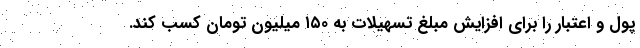
پول و اعتبار را برای افزایش مبلغ تسهیلات به ۱۵۰ میلیون تومان کسب کند.